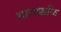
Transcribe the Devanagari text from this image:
भाग्यक्कळि